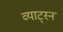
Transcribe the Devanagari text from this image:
व्याट्स्न